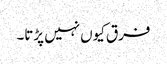
فرق کیوں نہیں پڑتا۔